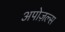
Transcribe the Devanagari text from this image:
अपोज़ल्स